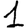
Digit: 1